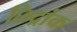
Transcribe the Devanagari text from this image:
छिद्रांक